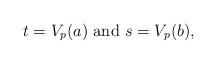
LaTeX: \begin{align*}t=V_p(a)\mbox{ and }s=V_p(b),\end{align*}